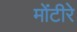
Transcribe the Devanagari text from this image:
मोंटीरे